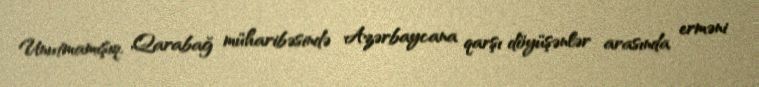
Unutmamışıq, Qarabağ müharibəsində Azərbaycana qarşı döyüşənlər arasında erməni